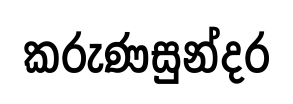
කරුණසුන්දර